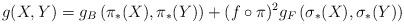
LaTeX: \begin{align*}g(X,Y)=g_{B}\left(\pi_{\ast}(X),\pi_{\ast}(Y)\right) +(f\circ\pi)^{2}g_{F}\left(\sigma_{\ast}(X),\sigma_{\ast}(Y)\right)\end{align*}